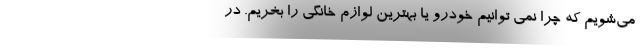
می‌شویم که چرا نمی توانیم خودرو یا بهترین لوازم خانگی را بخریم. در